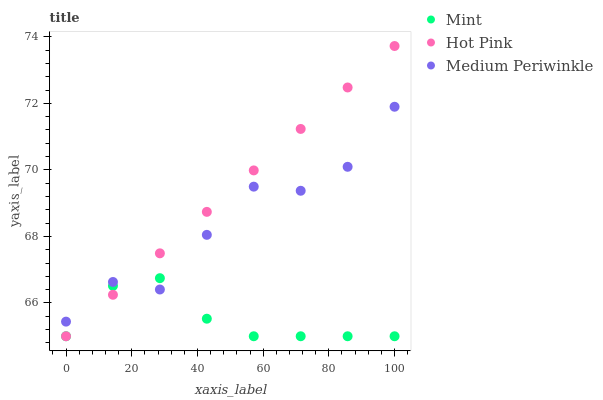
| xaxis_label | Mint | Hot Pink | Medium Periwinkle |
 | --- | --- | --- | --- |
 | 0 | 65 | 65 | 65.4 |
 | 14.3 | 66.5 | 66.2 | 66.6 |
 | 28.6 | 66.7 | 67.5 | 66.4 |
 | 42.9 | 65.5 | 68.7 | 68 |
 | 57.1 | 65 | 70 | 69.5 |
 | 71.4 | 65 | 71.2 | 69.4 |
 | 85.7 | 65 | 72.5 | 70.1 |
 | 100 | 65 | 73.7 | 71.9 |